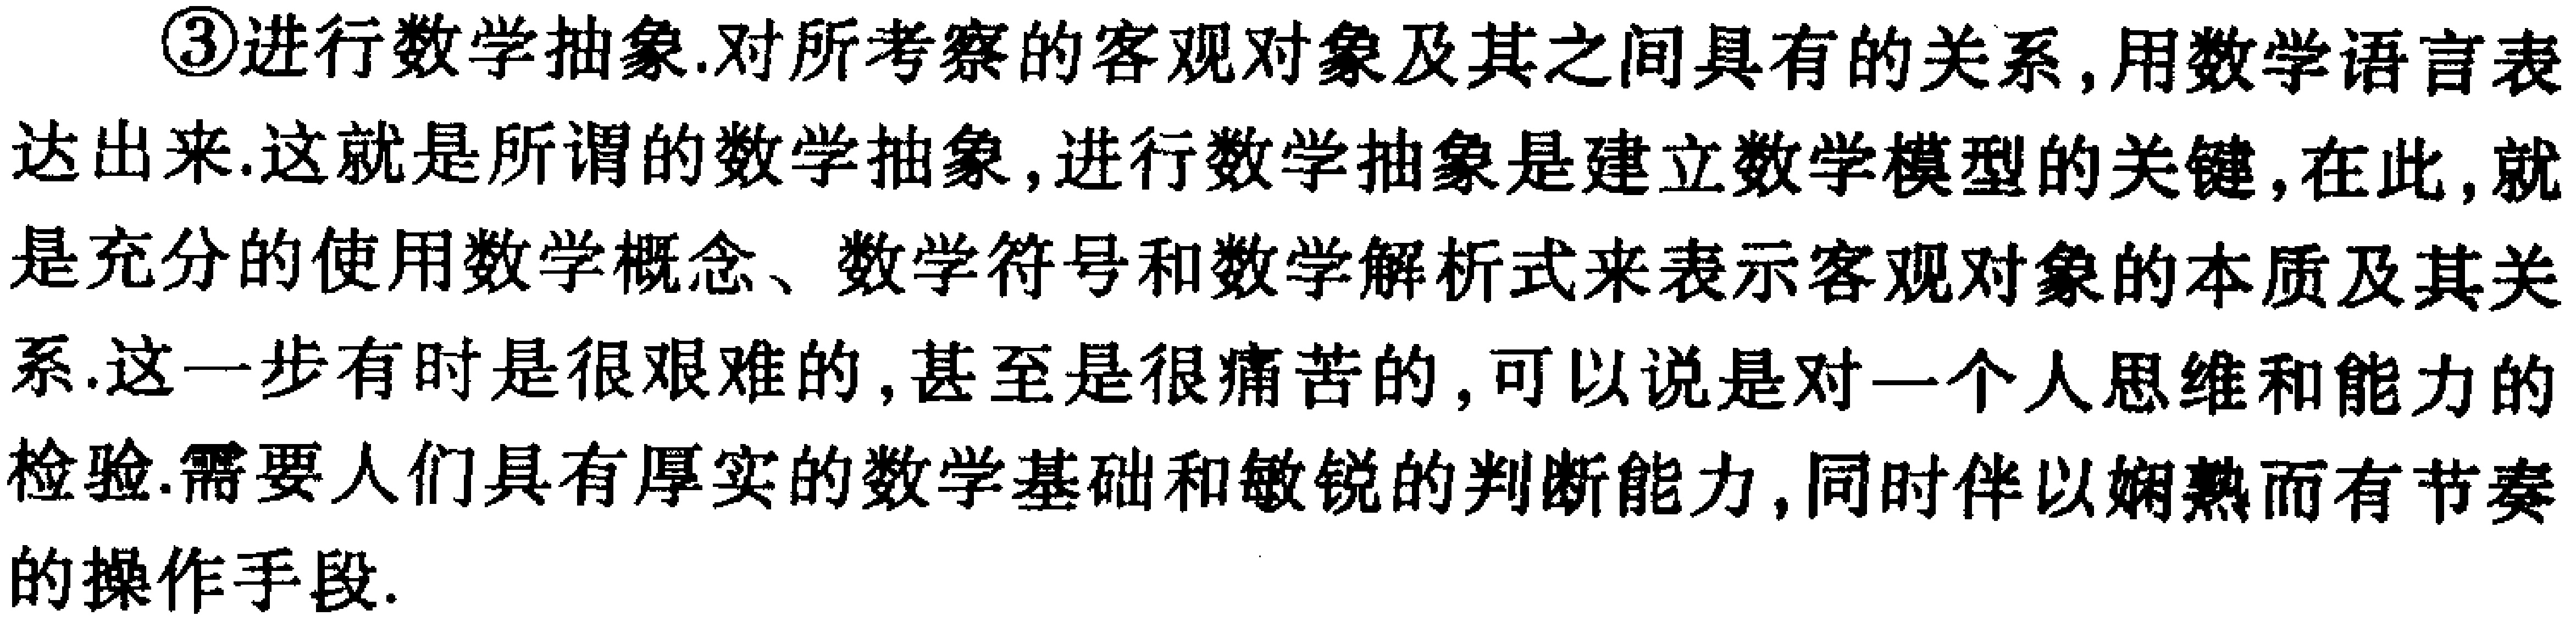
\textcircled{3}进行数学抽象.对所考察的客观对象及其之间具有的关系,用数学语言表达出来.这就是所谓的数学抽象,进行数学抽象是建立数学模型的关键,在此,就是充分的使用数学概念、数学符号和数学解析式来表示客观对象的本质及其关系.这一步有时是很艰难的,甚至是很痛苦的,可以说是对一个人思维和能力的检验.需要人们具有厚实的数学基础和敏锐的判断能力,同时伴以娴熟而有节奏的操作手段.